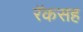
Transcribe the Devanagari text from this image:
रॅकसह